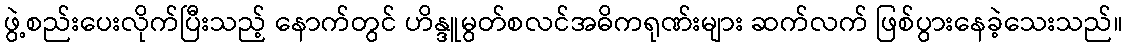
ဖွဲ့စည်းပေးလိုက်ပြီးသည့် နောက်တွင် ဟိန္ဒူမွတ်စလင်အဓိကရုဏ်းများ ဆက်လက် ဖြစ်ပွားနေခဲ့သေးသည်။